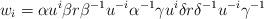
LaTeX: \begin{align*}w_i = \alpha u^i \beta r \beta^{-1} u^{-i} \alpha^{-1} \gamma u^i \delta r \delta^{-1} u^{-i} \gamma^{-1}\end{align*}